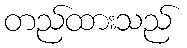
တည်ထားသည်